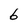
Character: 6